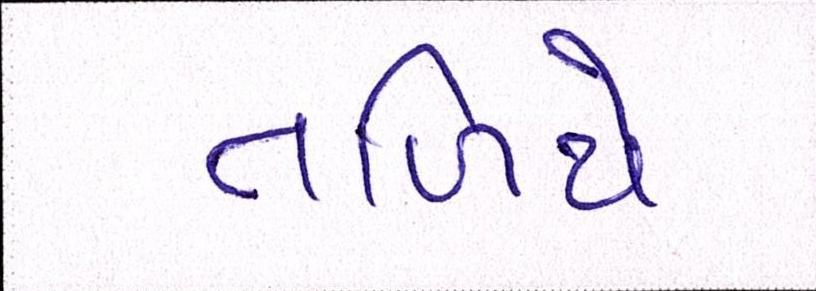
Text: તળિયે